NAE_ERA_R-2324_Eesti_Vabariigi_Pohiseaduslik_Assamblee, lk 77
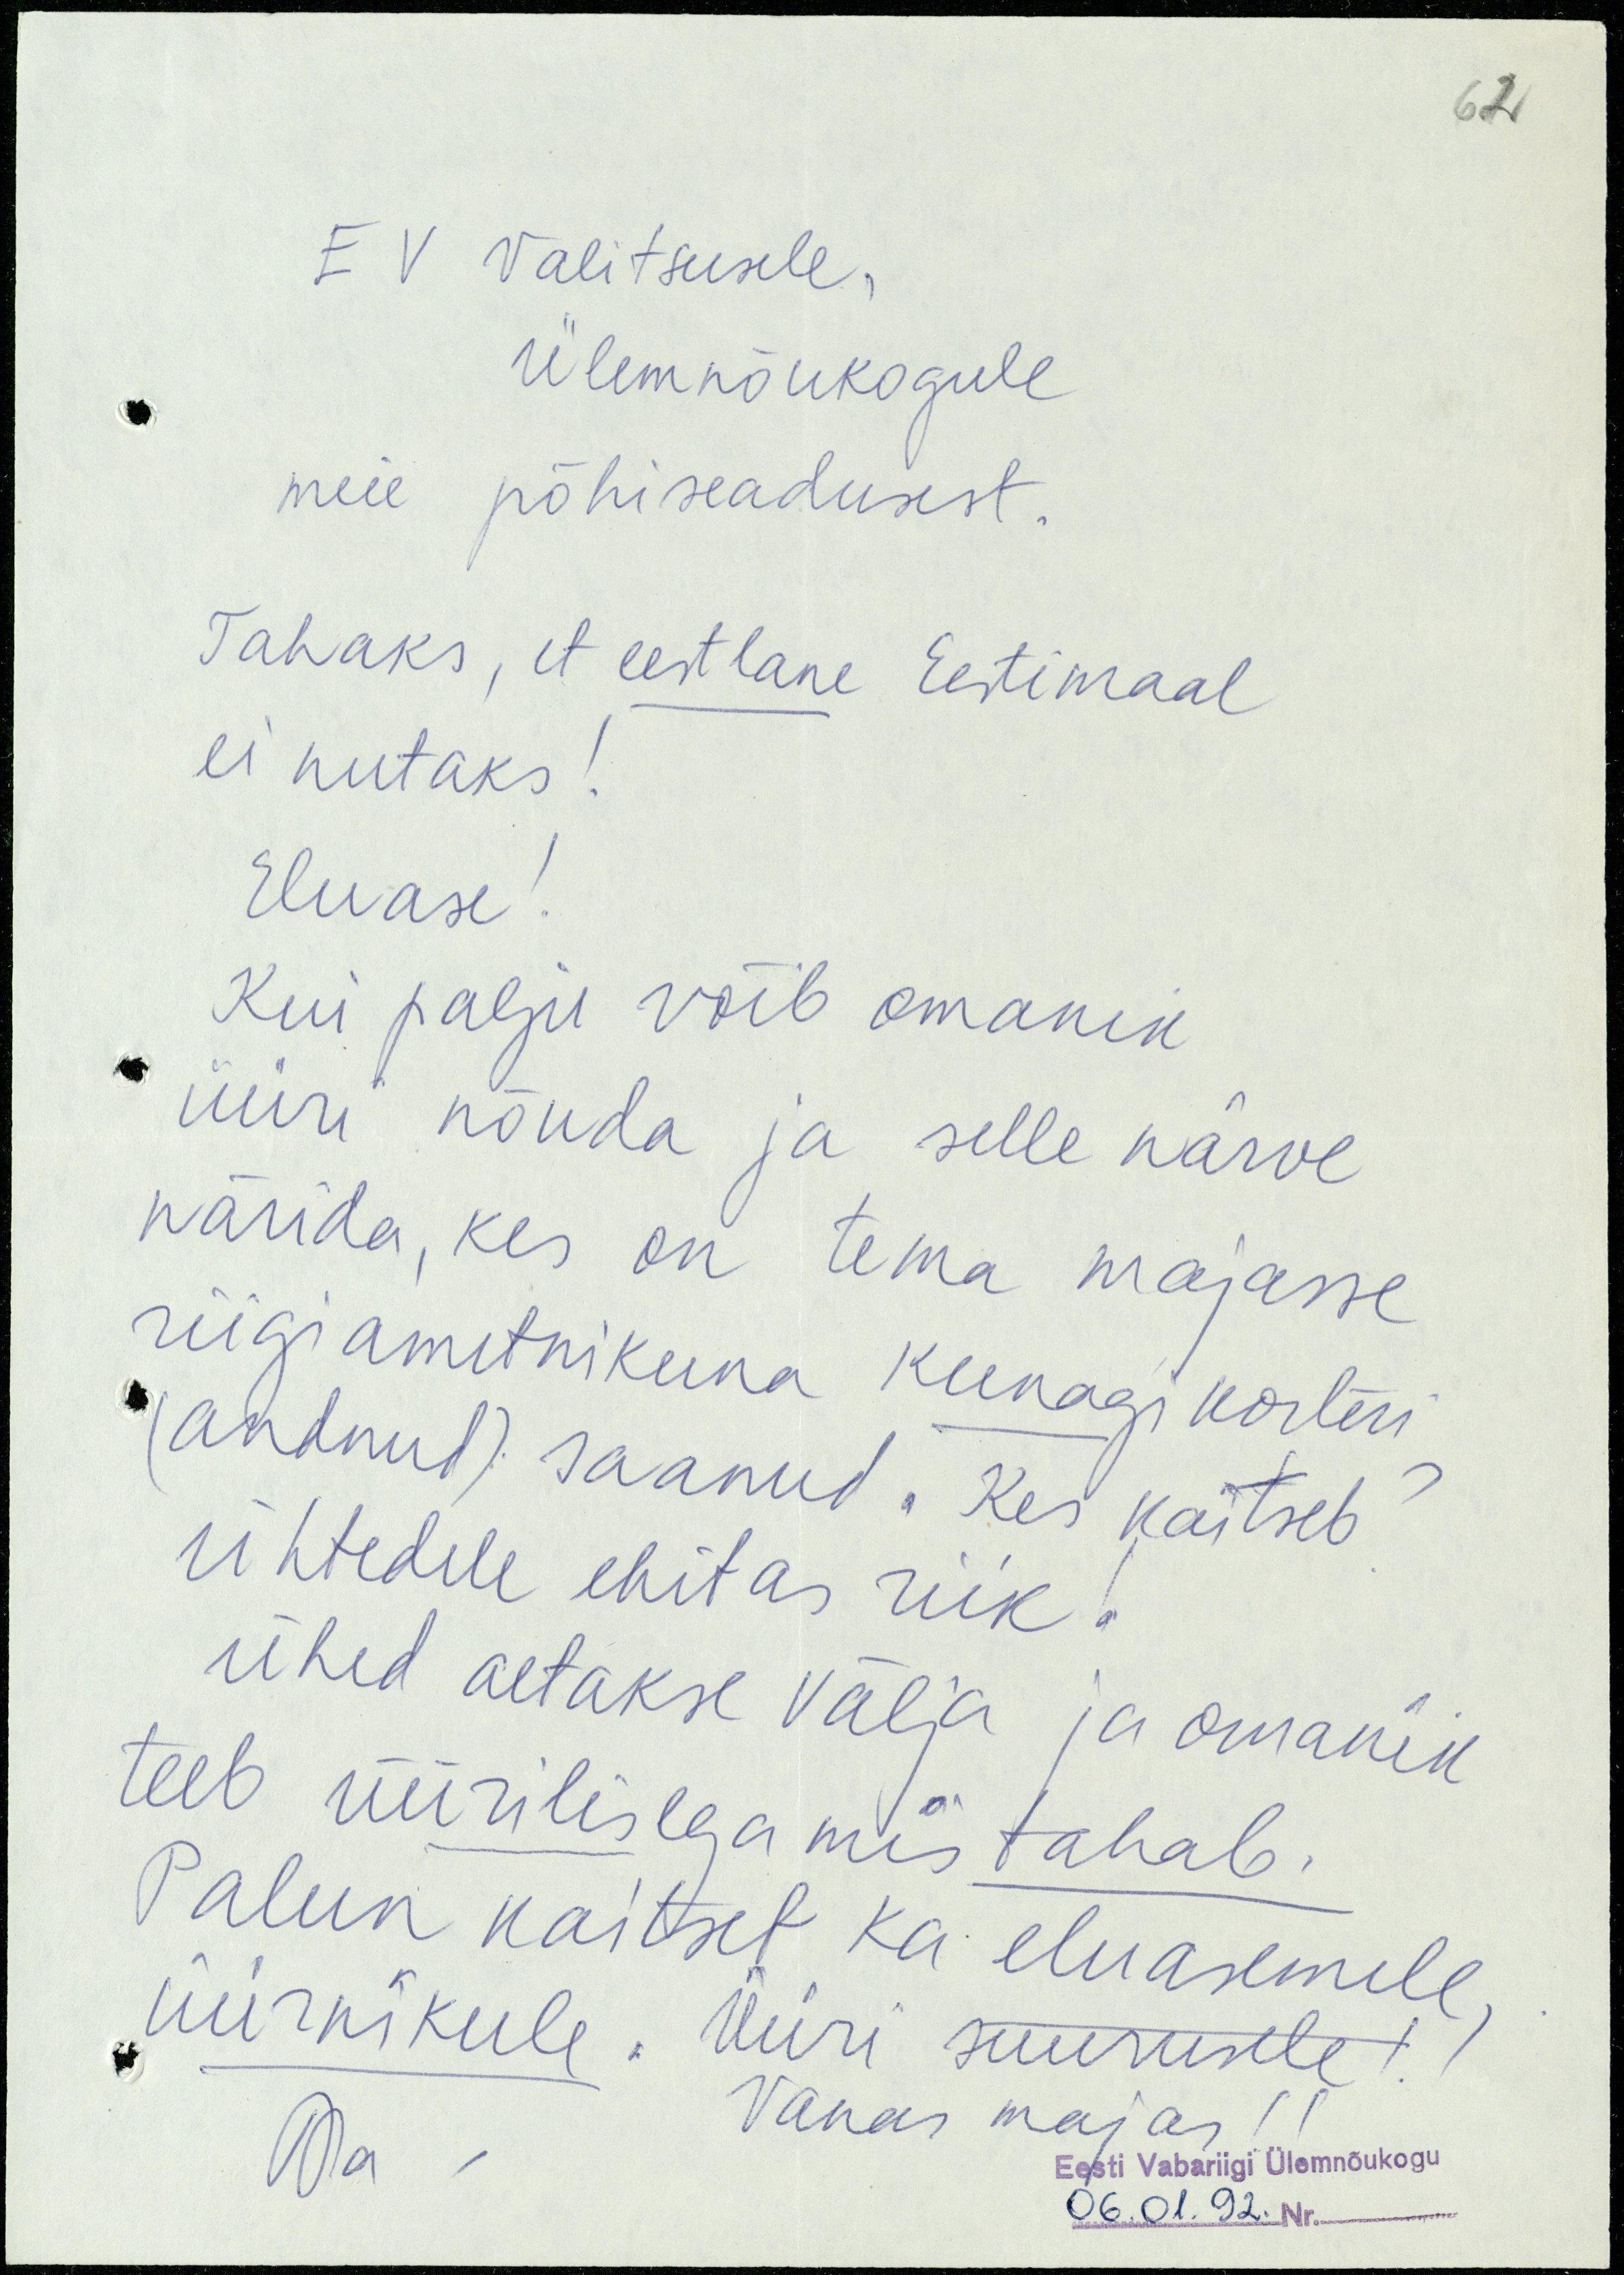
62
EV Valitsusele,
Ülemnõukogule
meie põhiseadusest.
Tahaks, et eestlane Eestimaal
ei nutaks!
Eluase!
Kui palju võib omanik
üüri nõuda ja selle närve
närida, kes on tema majasse
riigiametnikuna kunagi korteri
(andnud) saanud. Kes kaitseb?
Ühtedele ehitas riik!
Ühed aetakse välja ja omanik
teeb üürilisega mis tahab.
Palun kaitset ka eluasemele,
üürnikule. Üüri suurusele!
Vanas majas!!
Eesti Vabariigi Ülemnõukogu
06.01.92. Nr.